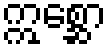
ဣစ္ဆော